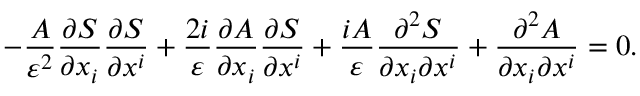
- { \frac { A } { \varepsilon ^ { 2 } } } { \frac { \partial S } { \partial x _ { i } } } { \frac { \partial S } { \partial x ^ { i } } } + { \frac { 2 i } { \varepsilon } } { \frac { \partial A } { \partial x _ { i } } } { \frac { \partial S } { \partial x ^ { i } } } + { \frac { i A } { \varepsilon } } { \frac { \partial ^ { 2 } S } { \partial x _ { i } \partial x ^ { i } } } + { \frac { \partial ^ { 2 } A } { \partial x _ { i } \partial x ^ { i } } } = 0 .